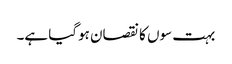
بہت سوں کا نقصان ہوگیا ہے۔